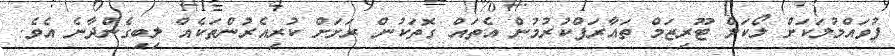
ފުވައްމުލަކަށް ލޯކަލް ޓޫރިޒަމް ތައާރަފްކުރުމުން އެތައް ގޮތަކުން ރަށަށް ކުރިއެރުންތަކެއް ލިބިގެންދާނެ އެވެ.